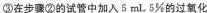
③在步骤②的试管中加入5mL。5%的过氧化